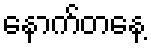
နောက်တနေ့